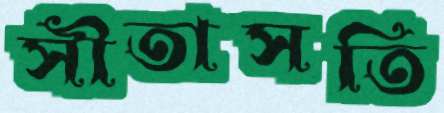
সীতাসতি